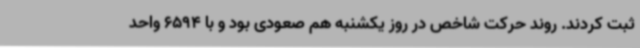
ثبت کردند. روند حرکت شاخص در روز یکشنبه هم صعودی بود و با 6594 واحد